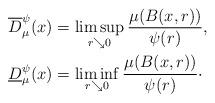
LaTeX: \begin{align*}\overline D_\mu^\psi(x) &= \limsup_{r\searrow 0} \frac{\mu(B(x,r))}{\psi(r)},\\\underline D_\mu^\psi(x) &= \liminf_{r\searrow 0} \frac{\mu(B(x,r))}{\psi(r)}\cdot\end{align*}